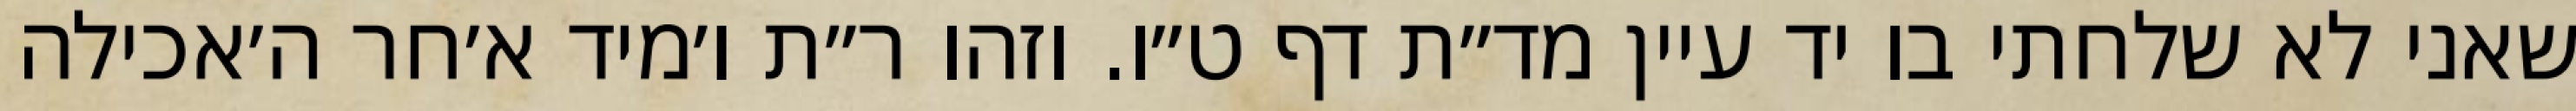
שאני לא שלחתי בו יד עיין מד״ת דף ט״ו. וזהו ר״ת ו׳מיד א׳חר ה׳אכילה